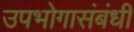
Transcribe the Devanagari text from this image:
उपभोगासंबंधी